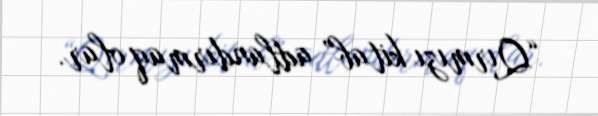
“Qırmızı kitab” adlandırmaq olar.